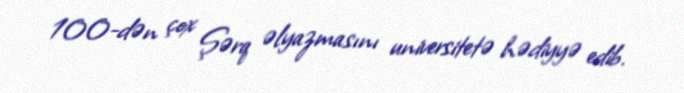
100-dən çox Şərq əlyazmasını universitetə hədiyyə edib.